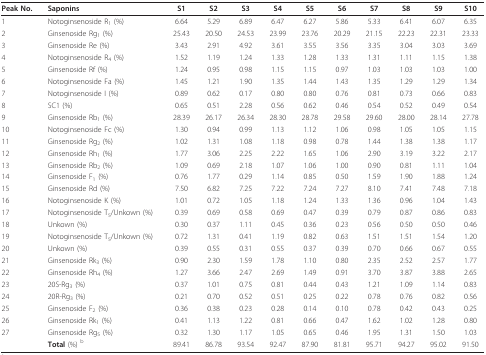
<table><thead><tr><td><b>Peak No.</b></td><td><b>Saponins</b></td><td><b>S1</b></td><td><b>S2</b></td><td><b>S3</b></td><td><b>S4</b></td><td><b>S5</b></td><td><b>S6</b></td><td><b>S7</b></td><td><b>S8</b></td><td><b>S9</b></td><td><b>S10</b></td></tr></thead><tbody><tr><td>1</td><td>Notoginsenoside R<sub>1 </sub>(%)</td><td>6.64</td><td>5.29</td><td>6.89</td><td>6.47</td><td>6.27</td><td>5.86</td><td>5.33</td><td>6.41</td><td>6.07</td><td>6.35</td></tr><tr><td>2</td><td>Ginsenoside Rg<sub>1 </sub>(%)</td><td>25.43</td><td>20.50</td><td>24.53</td><td>23.99</td><td>23.76</td><td>20.29</td><td>21.15</td><td>22.23</td><td>22.31</td><td>23.33</td></tr><tr><td>3</td><td>Ginsenoside Re (%)</td><td>3.43</td><td>2.91</td><td>4.92</td><td>3.61</td><td>3.55</td><td>3.56</td><td>3.35</td><td>3.04</td><td>3.03</td><td>3.69</td></tr><tr><td>4</td><td>Notoginsenoside R<sub>4 </sub>(%)</td><td>1.52</td><td>1.19</td><td>1.24</td><td>1.33</td><td>1.28</td><td>1.33</td><td>1.31</td><td>1.11</td><td>1.15</td><td>1.38</td></tr><tr><td>5</td><td>Ginsenoside Rf (%)</td><td>1.24</td><td>0.95</td><td>0.98</td><td>1.15</td><td>1.15</td><td>0.97</td><td>1.03</td><td>1.03</td><td>1.03</td><td>1.00</td></tr><tr><td>6</td><td>Notoginsenoside Fa (%)</td><td>1.45</td><td>1.21</td><td>1.90</td><td>1.35</td><td>1.44</td><td>1.43</td><td>1.35</td><td>1.29</td><td>1.29</td><td>1.34</td></tr><tr><td>7</td><td>Notoginsenoside I (%)</td><td>0.89</td><td>0.62</td><td>0.17</td><td>0.80</td><td>0.80</td><td>0.76</td><td>0.81</td><td>0.73</td><td>0.66</td><td>0.83</td></tr><tr><td>8</td><td>SC1 (%)</td><td>0.65</td><td>0.51</td><td>2.28</td><td>0.56</td><td>0.62</td><td>0.46</td><td>0.54</td><td>0.52</td><td>0.49</td><td>0.54</td></tr><tr><td>9</td><td>Ginsenoside Rb<sub>1 </sub>(%)</td><td>28.39</td><td>26.17</td><td>26.34</td><td>28.30</td><td>28.78</td><td>29.58</td><td>29.60</td><td>28.00</td><td>28.14</td><td>27.78</td></tr><tr><td>10</td><td>Notoginsenoside Fc (%)</td><td>1.30</td><td>0.94</td><td>0.99</td><td>1.13</td><td>1.12</td><td>1.06</td><td>0.98</td><td>1.05</td><td>1.05</td><td>1.15</td></tr><tr><td>11</td><td>Ginsenoside Rg<sub>2 </sub>(%)</td><td>1.02</td><td>1.31</td><td>1.08</td><td>1.18</td><td>0.98</td><td>0.78</td><td>1.44</td><td>1.38</td><td>1.38</td><td>1.17</td></tr><tr><td>12</td><td>Ginsenoside Rh<sub>1 </sub>(%)</td><td>1.77</td><td>3.06</td><td>2.25</td><td>2.22</td><td>1.65</td><td>1.06</td><td>2.90</td><td>3.19</td><td>3.22</td><td>2.17</td></tr><tr><td>13</td><td>Ginsenoside Rb<sub>2 </sub>(%)</td><td>1.09</td><td>0.69</td><td>2.18</td><td>1.07</td><td>1.06</td><td>1.00</td><td>0.90</td><td>0.81</td><td>1.11</td><td>1.04</td></tr><tr><td>14</td><td>Ginsenoside F<sub>1 </sub>(%)</td><td>0.76</td><td>1.77</td><td>0.29</td><td>1.14</td><td>0.85</td><td>0.50</td><td>1.59</td><td>1.90</td><td>1.88</td><td>1.24</td></tr><tr><td>15</td><td>Ginsenoside Rd (%)</td><td>7.50</td><td>6.82</td><td>7.25</td><td>7.22</td><td>7.24</td><td>7.27</td><td>8.10</td><td>7.41</td><td>7.48</td><td>7.18</td></tr><tr><td>16</td><td>Notoginsenoside K (%)</td><td>1.01</td><td>0.72</td><td>1.05</td><td>1.18</td><td>1.24</td><td>1.33</td><td>1.36</td><td>0.96</td><td>1.04</td><td>1.43</td></tr><tr><td>17</td><td>Notoginsenoside T<sub>5</sub>/Unkown (%)</td><td>0.39</td><td>0.69</td><td>0.58</td><td>0.69</td><td>0.47</td><td>0.39</td><td>0.79</td><td>0.87</td><td>0.86</td><td>0.83</td></tr><tr><td>18</td><td>Unkown (%)</td><td>0.30</td><td>0.37</td><td>1.11</td><td>0.45</td><td>0.36</td><td>0.23</td><td>0.56</td><td>0.50</td><td>0.50</td><td>0.46</td></tr><tr><td>19</td><td>Notoginsenoside T<sub>5</sub>/Unkown (%)</td><td>0.72</td><td>1.31</td><td>0.41</td><td>1.19</td><td>0.82</td><td>0.63</td><td>1.51</td><td>1.51</td><td>1.54</td><td>1.20</td></tr><tr><td>20</td><td>Unkown (%)</td><td>0.39</td><td>0.55</td><td>0.31</td><td>0.55</td><td>0.37</td><td>0.39</td><td>0.70</td><td>0.66</td><td>0.67</td><td>0.55</td></tr><tr><td>21</td><td>Ginsenoside Rk<sub>3 </sub>(%)</td><td>0.90</td><td>2.30</td><td>1.59</td><td>1.78</td><td>1.10</td><td>0.80</td><td>2.35</td><td>2.52</td><td>2.57</td><td>1.77</td></tr><tr><td>22</td><td>Ginsenoside Rh<sub>4 </sub>(%)</td><td>1.27</td><td>3.66</td><td>2.47</td><td>2.69</td><td>1.49</td><td>0.91</td><td>3.70</td><td>3.87</td><td>3.88</td><td>2.65</td></tr><tr><td>23</td><td>20S-Rg<sub>3 </sub>(%)</td><td>0.37</td><td>1.01</td><td>0.75</td><td>0.81</td><td>0.44</td><td>0.43</td><td>1.21</td><td>1.09</td><td>1.14</td><td>0.83</td></tr><tr><td>24</td><td>20R-Rg<sub>3 </sub>(%)</td><td>0.21</td><td>0.70</td><td>0.52</td><td>0.51</td><td>0.25</td><td>0.22</td><td>0.78</td><td>0.76</td><td>0.82</td><td>0.56</td></tr><tr><td>25</td><td>Ginsenoside F<sub>2 </sub>(%)</td><td>0.36</td><td>0.38</td><td>0.23</td><td>0.28</td><td>0.14</td><td>0.10</td><td>0.78</td><td>0.42</td><td>0.43</td><td>0.25</td></tr><tr><td>26</td><td>Ginsenoside Rk<sub>1 </sub>(%)</td><td>0.41</td><td>1.13</td><td>1.22</td><td>0.81</td><td>0.66</td><td>0.47</td><td>1.62</td><td>1.02</td><td>1.28</td><td>0.80</td></tr><tr><td>27</td><td>Ginsenoside Rg<sub>5 </sub>(%)</td><td>0.32</td><td>1.30</td><td>1.17</td><td>1.05</td><td>0.65</td><td>0.46</td><td>1.95</td><td>1.31</td><td>1.50</td><td>1.03</td></tr><tr><td></td><td><b>Total </b>(%) <sup>b</sup></td><td>89.41</td><td>86.78</td><td>93.54</td><td>92.47</td><td>87.90</td><td>81.81</td><td>95.71</td><td>94.27</td><td>95.02</td><td>91.50</td></tr></tbody></table>